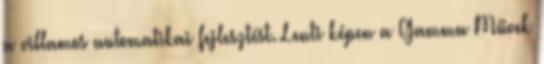
a villamos automatikai fejlesztést. Lenti képen a Gamma Művek